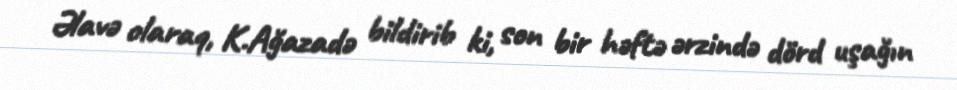
Əlavə olaraq, K.Ağazadə bildirib ki, son bir həftə ərzində dörd uşağın